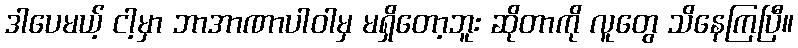
ဒါပေမယ့် ငါ့မှာ ဘာအာဏာပါဝါမှ မရှိတော့ဘူး ဆိုတာကို လူတွေ သိနေကြပြီ။